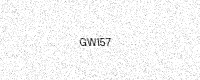
Text: GWI57